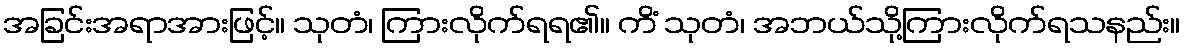
အခြင်းအရာအားဖြင့်။ သုတံ၊ ကြားလိုက်ရရ၏။ ကိံ သုတံ၊ အဘယ်သို့ကြားလိုက်ရသနည်း။